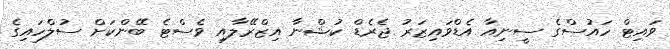
ވައިޓް ހައުސްގެ ސީނިއާ އެޑްވައިޒަރު ޖެރެޑް ކުޝްނާ އިޒްރޭލާއި ވެސްޓެ ބޭންކަށް ސުލްހައިގެ